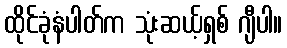
ထိုင်ခုံနံပါတ်က သုံးဆယ့်ရှစ် ဂျီပါ။